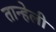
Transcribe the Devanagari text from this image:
तान्हेली